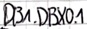
Text: DB1.DBX0.1